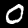
Label: 0